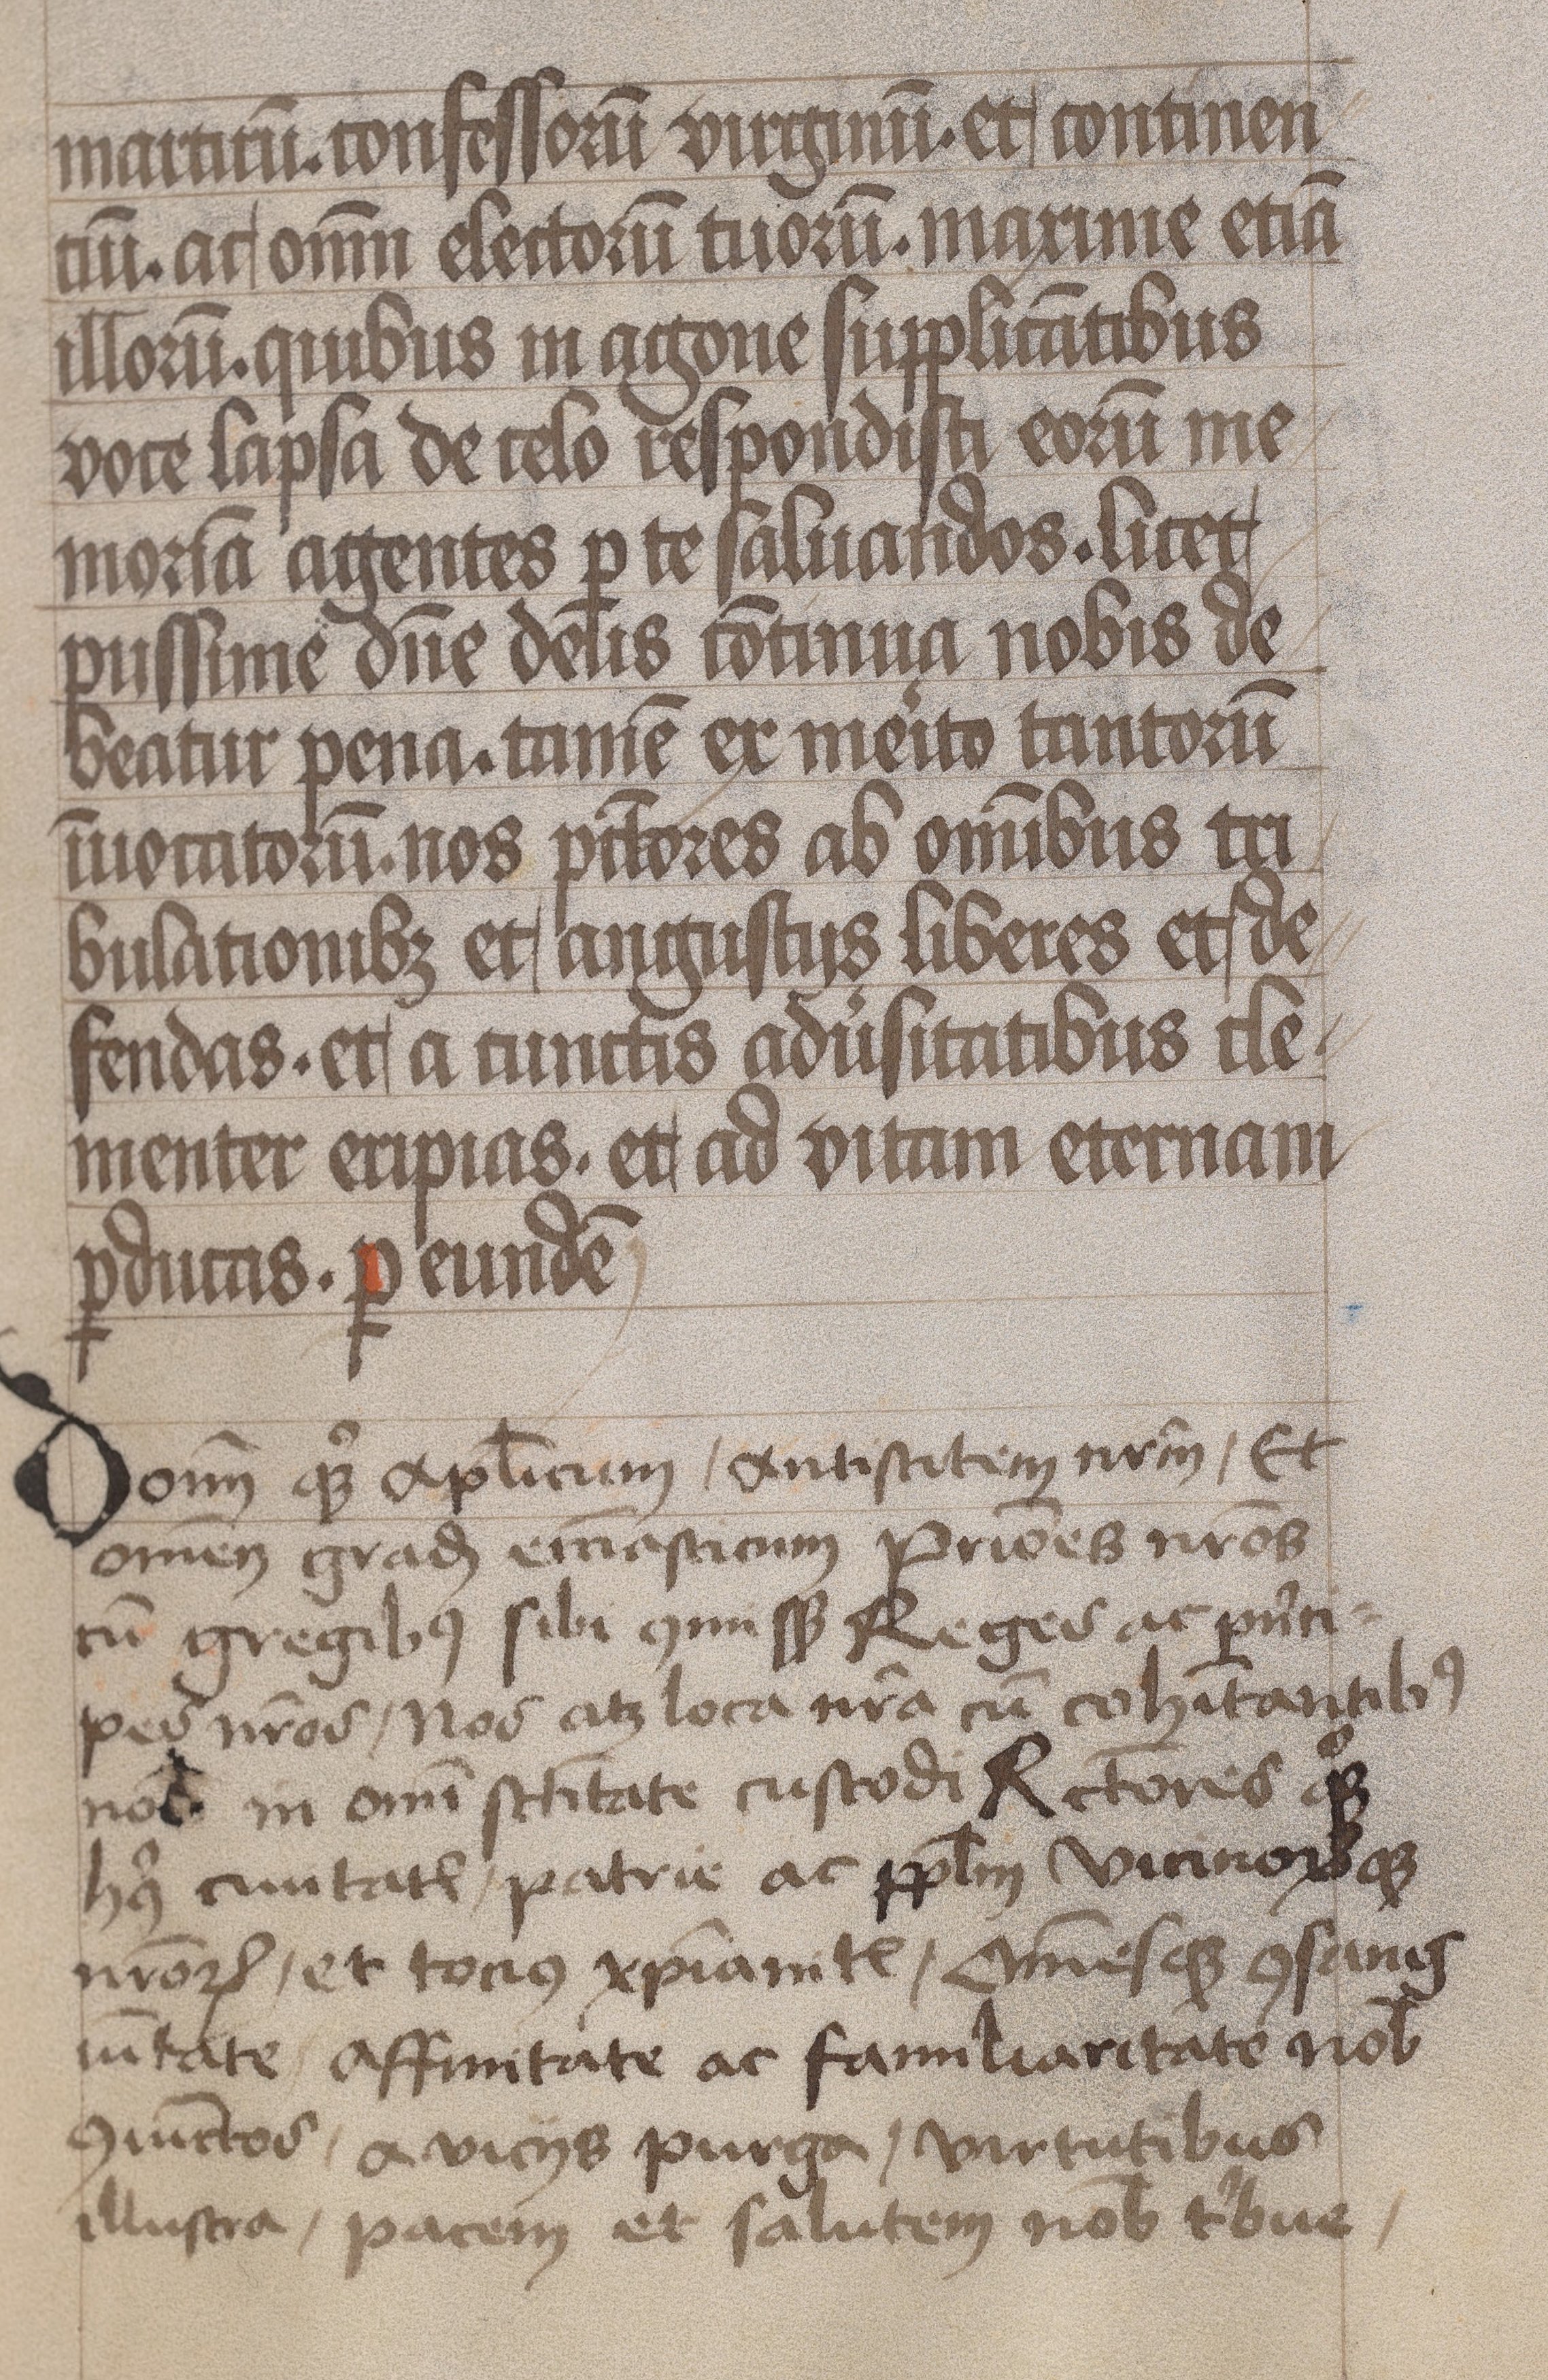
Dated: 1450–1499